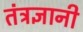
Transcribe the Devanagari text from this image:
तंत्रज्ञानी